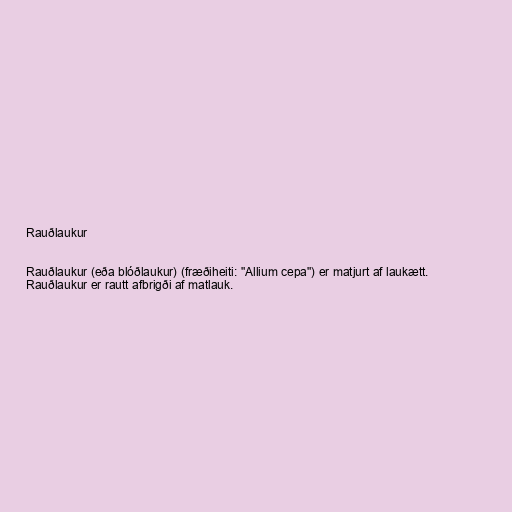
Rauðlaukur

Rauðlaukur (eða blóðlaukur) (fræðiheiti: "Allium cepa") er matjurt af laukætt.
Rauðlaukur er rautt afbrigði af matlauk.